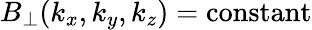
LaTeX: B_{\perp}(k_{x},k_{y},k_{z})=\mathrm{constant}